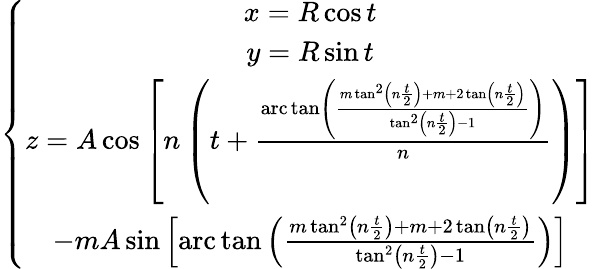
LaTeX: \left\{ \begin{array}{c}{x=R\cos t}\\ {y=R\sin t}\\ {z=A\cos\left[n\left(t+\frac{\mathrm{arc}\tan\left(\frac{m\tan^{2}\left(n\frac{t}{2}\right)+m+2\tan\left(n\frac{t}{2}\right)}{\tan^{2}\left(n\frac{t}{2}\right)-1}\right)}{n}\right)\right]}\\ {-mA\sin\left[\mathrm{arc}\tan\left(\frac{m\tan^{2}\left(n\frac{t}{2}\right)+m+2\tan\left(n\frac{t}{2}\right)}{\tan^{2}\left(n\frac{t}{2}\right)-1}\right)\right]}\end{array}\right.